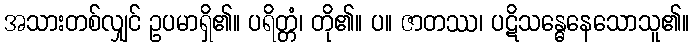
အသားတစ်လျှင် ဥပမာရှိ၏။ ပရိတ္တံ၊ တို၏။ ပ။ ဇာတဿ၊ ပဋိသန္ဓေနေသောသူ၏။